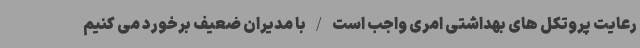
رعایت پروتکل های بهداشتی امری واجب است/با مدیران ضعیف برخورد می کنیم